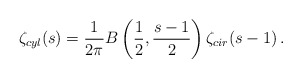
\begin{align*}\zeta_{cyl}(s)=\frac{1}{2 \pi} B\left(\frac{1}{2},\frac{s-1}{2}\right)\zeta_{cir}(s-1)\,{.}\end{align*}